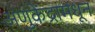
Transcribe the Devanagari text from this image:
अणुकेंद्रामधून